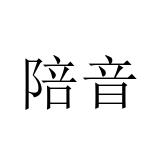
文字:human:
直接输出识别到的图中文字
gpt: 陪音